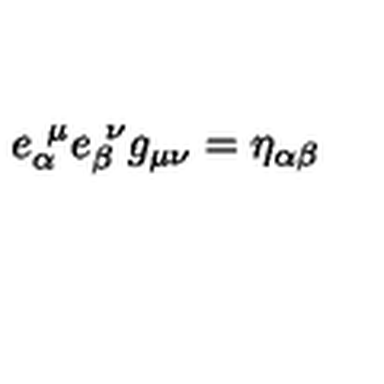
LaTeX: e _ { \alpha } ^ { \ \mu } e _ { \beta } ^ { \ \nu } g _ { \mu \nu } = \eta _ { \alpha \beta }